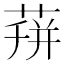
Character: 𦴏